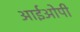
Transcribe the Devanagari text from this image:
आईओपी